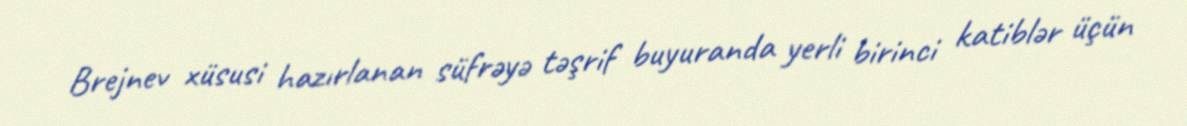
Brejnev xüsusi hazırlanan süfrəyə təşrif buyuranda yerli birinci katiblər üçün